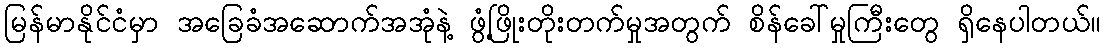
မြန်မာနိုင်ငံမှာ အခြေခံအဆောက်အအုံနဲ့ ဖွံ့ဖြိုးတိုးတက်မှုအတွက် စိန်ခေါ်မှုကြီးတွေ ရှိနေပါတယ်။